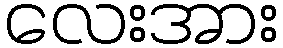
လေးအား